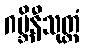
ဂဗ္ဘိနီသုတ္တံ